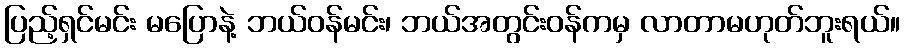
ပြည့်ရှင်မင်း မပြောနဲ့ ဘယ်ဝန်မင်း၊ ဘယ်အတွင်းဝန်ကမှ လာတာမဟုတ်ဘူးရယ်။